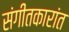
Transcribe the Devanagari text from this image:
संगीतकारांत